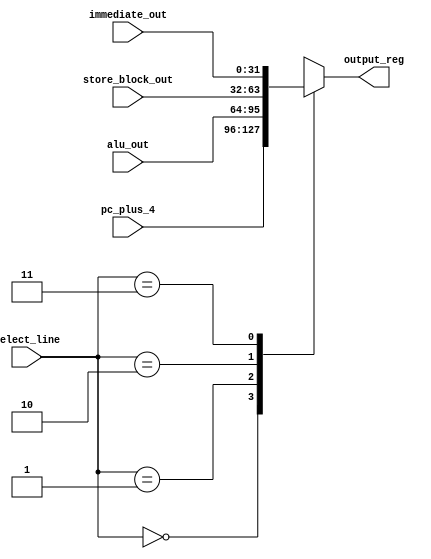
module register_mux(
    input wire[31:0] pc_plus_4,
    input wire[31:0] alu_out,
    input wire[31:0] store_block_out,
    input wire[31:0] immediate_out,
    input wire[1:0]  select_line,
    output reg [31:0]  output_reg
);
always@(*)begin
     case(select_line)
     2'b00  : output_reg=pc_plus_4;
     2'b01  : output_reg=alu_out;
     2'b10  : output_reg=store_block_out;
     2'b11  : output_reg=immediate_out;
    
     default: output_reg=32'd0;
    endcase
    
end
 endmodule